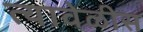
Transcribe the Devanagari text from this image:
त्यावेळीस